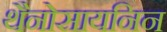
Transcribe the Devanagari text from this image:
थैनोसायनिन